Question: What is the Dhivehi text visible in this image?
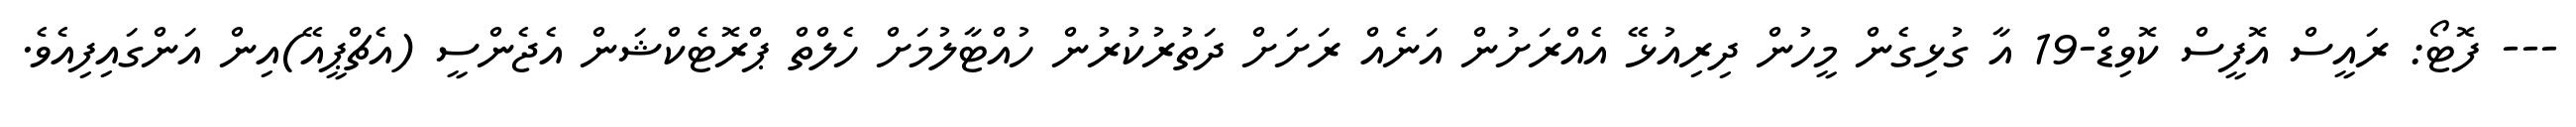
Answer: --- ފޮޓޯ: ރައީސް އޮފީސް ކޮވިޑް-19 އާ ގުޅިގެން މީހުން ދިރިއުޅޭ އެއްރަށުން އަނެއް ރަށަށް ދަތުރުކުރުން ހުއްޓާލުމަށް ހެލްތް ޕްރޮޓެކްޝަން އެޖެންސީ (އެޗްޕީއޭ)އިން އަންގައިފިއެވެ.